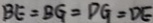
B E = B G = D G = D E